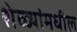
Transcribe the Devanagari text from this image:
शेळ्यांमधील